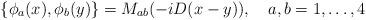
LaTeX: \begin{align*}\{\phi_a(x),\phi_b(y)\}=M_{ab}(-iD(x-y)),\quad a,b=1,\ldots,4\end{align*}